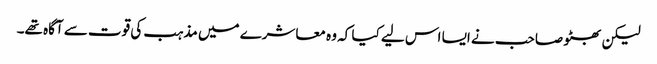
لیکن بھٹو صاحب نے ایسا اس لیے کیا کہ وہ معاشرے میں مذہب کی قوت سے آگاہ تھے۔